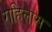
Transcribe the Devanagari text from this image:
राहिलास